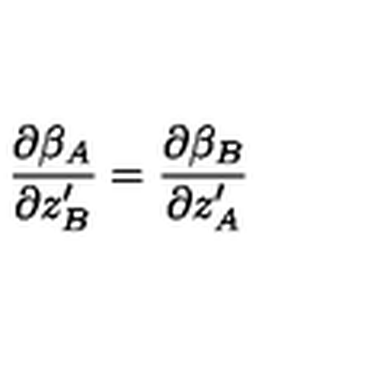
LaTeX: \frac { \partial \beta _ { A } } { \partial z _ { B } ^ { \prime } } = \frac { \partial \beta _ { B } } { \partial z _ { A } ^ { \prime } }